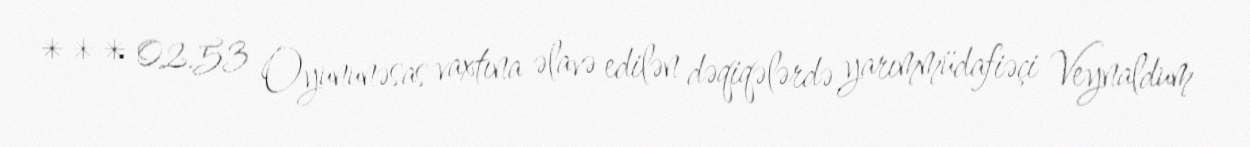
*** 02.53 Oyununəsas vaxtına əlavə edilən dəqiqələrdə yarımmüdafiəçi Veynaldum